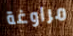
مراوغة